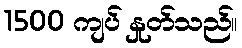
1500 ကျပ် နှုတ်သည်။